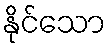
နိုင်သော